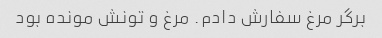
برگر مرغ سفارش دادم. مرغ و تونش مونده بود